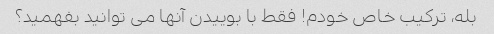
بله، ترکیب خاص خودم! فقط با بوییدن آنها می توانید بفهمید؟